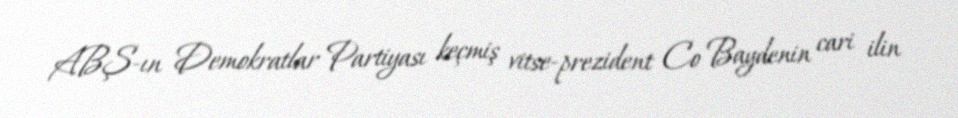
ABŞ-ın Demokratlar Partiyası keçmiş vitse-prezident Co Baydenin cari ilin